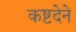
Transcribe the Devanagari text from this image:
कष्टदेने